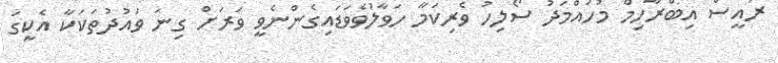
ރައީސް އިބްރާހިމް މުހައްމަދު ސޯލިހު ވެރިކަމާ ހަވާލުވެވަޑައިގެންނެވީ ވަރަށް ގިނަ ވައުދުތަކަކާ އެކީގަ